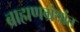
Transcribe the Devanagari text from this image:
ब्राह्मणग्रंथांत